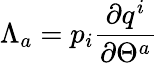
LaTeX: \Lambda_{a}=p_{i}\frac{\partial q^{i}}{\partial\Theta^{a}}